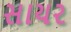
સાયર